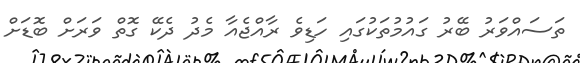
ތަސައްވަރު ބޭރު ގައުމުތަކުގައި ހަޑިވެ ރާއްޖެއާ މެދު ދެކޭ ގޮތް ވަރަށް ބޮޑަށް